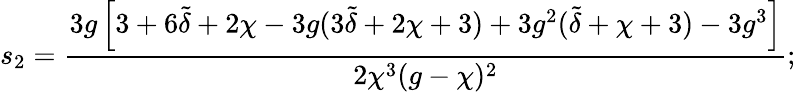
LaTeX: s_{2}=\frac{3g\left[3+6\tilde{\delta}+2\chi-3g(3\tilde{\delta}+2\chi+3)+3g^{2}(\tilde{\delta}+\chi+3)-3g^{3}\right]}{2\chi^{3}(g-\chi)^{2}};